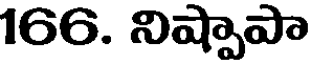
166. నిష్పాపా